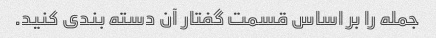
جمله را بر اساس قسمت گفتار آن دسته بندی کنید.